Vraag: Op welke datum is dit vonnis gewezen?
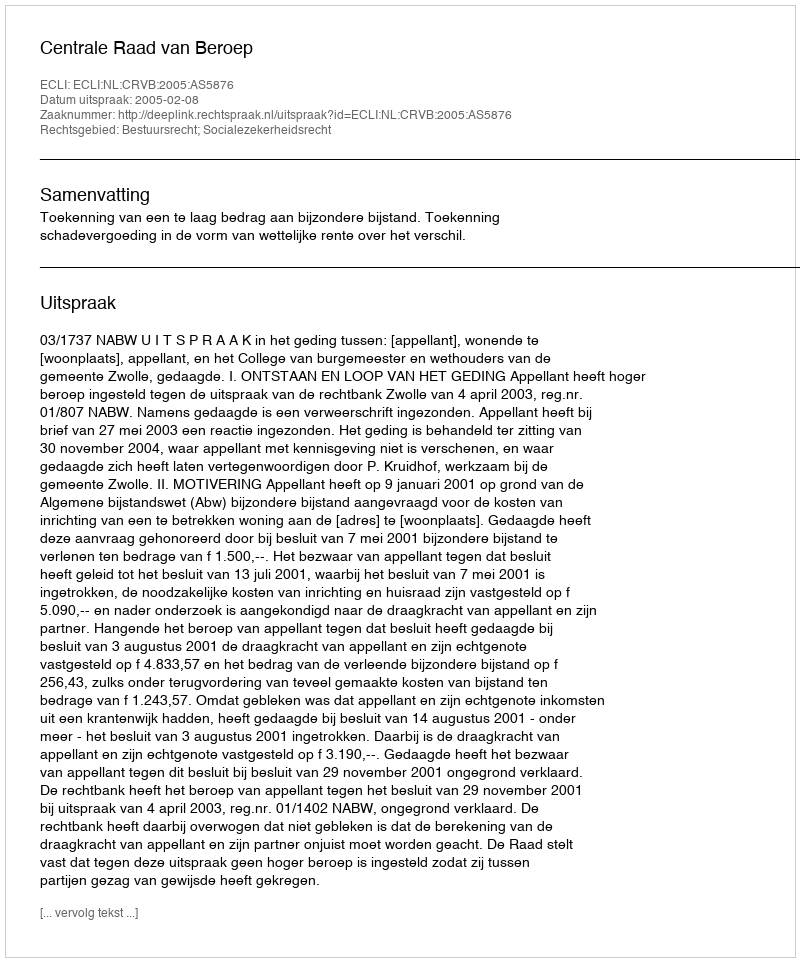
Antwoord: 2005-02-08